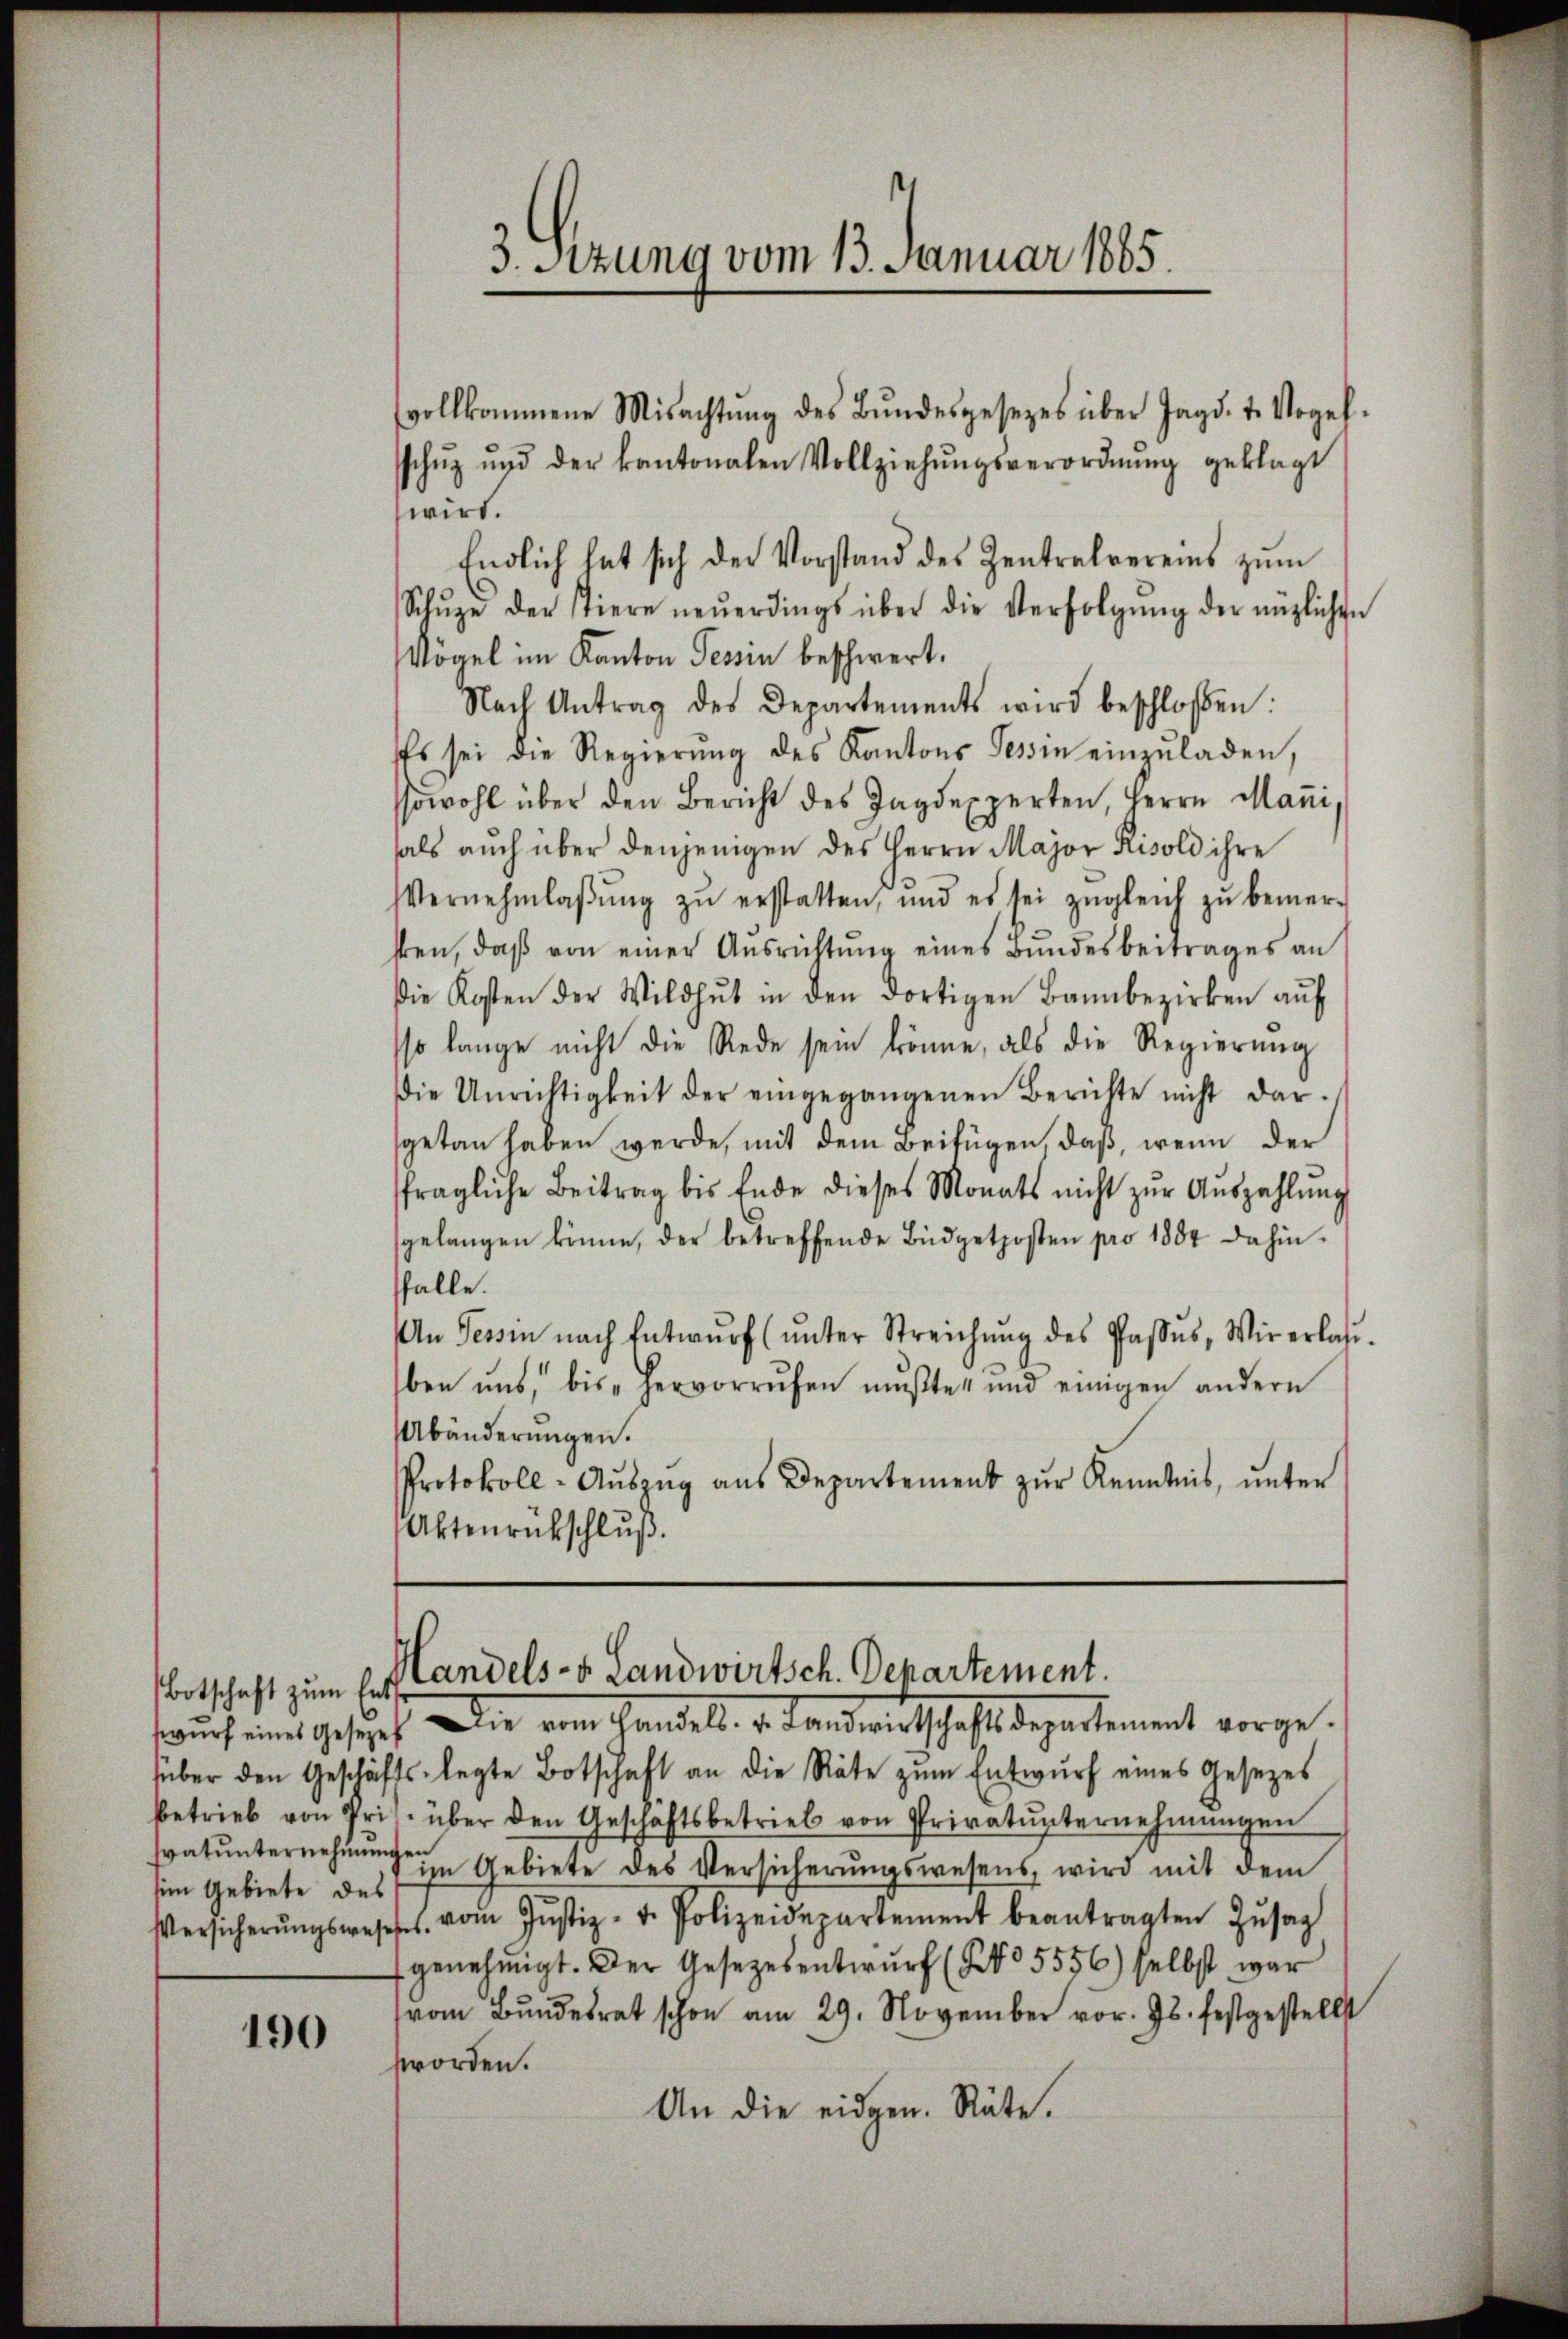
eim Gebiete des

190

vollkommene Misachtŭng des Bŭndesgesezes über Jagd. t. Vogel-
schŭz ŭnd der kantonalen Vollziehŭngsverordnŭng geklagt
wird.
Endlich hat sich der Vorstand des Zentralvereins zŭm
Schŭze der Tiere neŭerdings über die Verfolgŭng der nützlichen
Vögel im Kanton Tessin beschwert.
Nach Antrag des Departements wird beschlossen:
Es sei die Regierŭng des Kantons Tessin einzŭladen,
sowohl über den Bericht des Jagdexperten, Herrn Mani,
als aŭch über denjenigen des Herrn Major Fisold ihre
Vernehmlaβŭng zŭ erstatten, und es sei zŭgleich zŭ bemer-
hten, daβ von einer Aŭsrichtŭng eines Bŭndesbeitrages an
Die Kosten der Wildhŭt in den dortigen Bannbezirken aŭf
sso lange nicht die Rede sein könne, als die Regierŭng
Die Unrichtigkeit der eingegangenen Berichte nicht dar-
sgetan haben werde, mit dem Beifügen, daß, wenn der
fragliche Beitrag bis Ende dieses Monats nicht zŭr Aŭszahlŭng
gelangen könne, der betreffende Büdgetposten pro 1884 dahin.
falle.
An Tessin nach Entwŭrf (ŭnter Streichŭng des Pfaβŭs, Wir erlas-
ben uns, bis hervorrufen mŭβte, und einigen andern
Abänderungen.
Protokoll-Aŭszŭg aŭs Departement zŭr Kenntnis, ŭnter
Aktenrückschlŭβ

3. Sitzung vom 13. Januar 1865.

Botschaft zum Ers Candels- u. Landwirtsch. Departement.

tauch eine Gesucht, die ein Handel. v. Landwirtschaft departement vorgefüber den Geschäfts- legte Botschaft an die Räte zum Entwurf eines Gesezes
betrieb von Pris. über den Geschäftsbetrieb von Privatŭnternehmungen
n
ratunternehmungen Gebiete des Versicherŭngswesens, wird mit dem
Versicherŭngswesenes vom Jŭstiz- u. Polizeidepartement beantragten Zŭsag
genehmigt. Der Gesetzesentwŭrf (No 5556) selbst war
vom Bŭndesrat schon am 29. November vor. Js. festgestellt
worden.
An die eidgen. Räte.